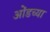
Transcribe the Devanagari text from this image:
ओंडच्या